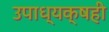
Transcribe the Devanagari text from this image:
उपाध्यक्षही